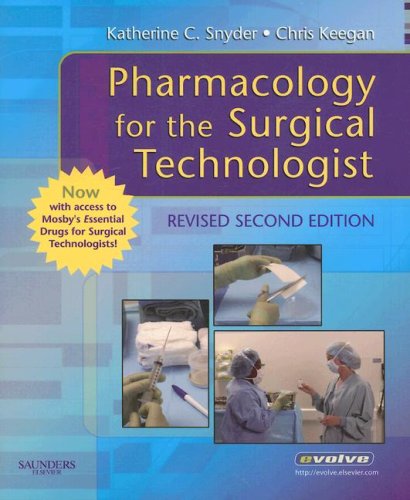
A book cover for Pharmacology for the Surgical Technologist with Mosby's Essential Drugs for Surgical Technologists, 2e; Katherine Snyder CST  FAST  BS; Medical Books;